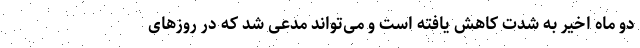
دو ماه اخیر به شدت کاهش یافته است و می‌تواند مدعی شد که در روزهای